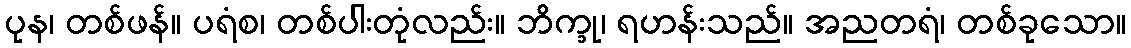
ပုန၊ တစ်ဖန်။ ပရံစ၊ တစ်ပါးတုံလည်း။ ဘိက္ခု၊ ရဟန်းသည်။ အညတရံ၊ တစ်ခုသော။